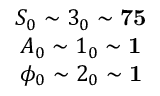
\begin{array} { c } { { S _ { 0 } \sim 3 _ { 0 } \sim \mathbf { 7 5 } } } \\ { { A _ { 0 } \sim 1 _ { 0 } \sim \mathbf { 1 } } } \\ { { \phi _ { 0 } \sim 2 _ { 0 } \sim \mathbf { 1 } } } \end{array}